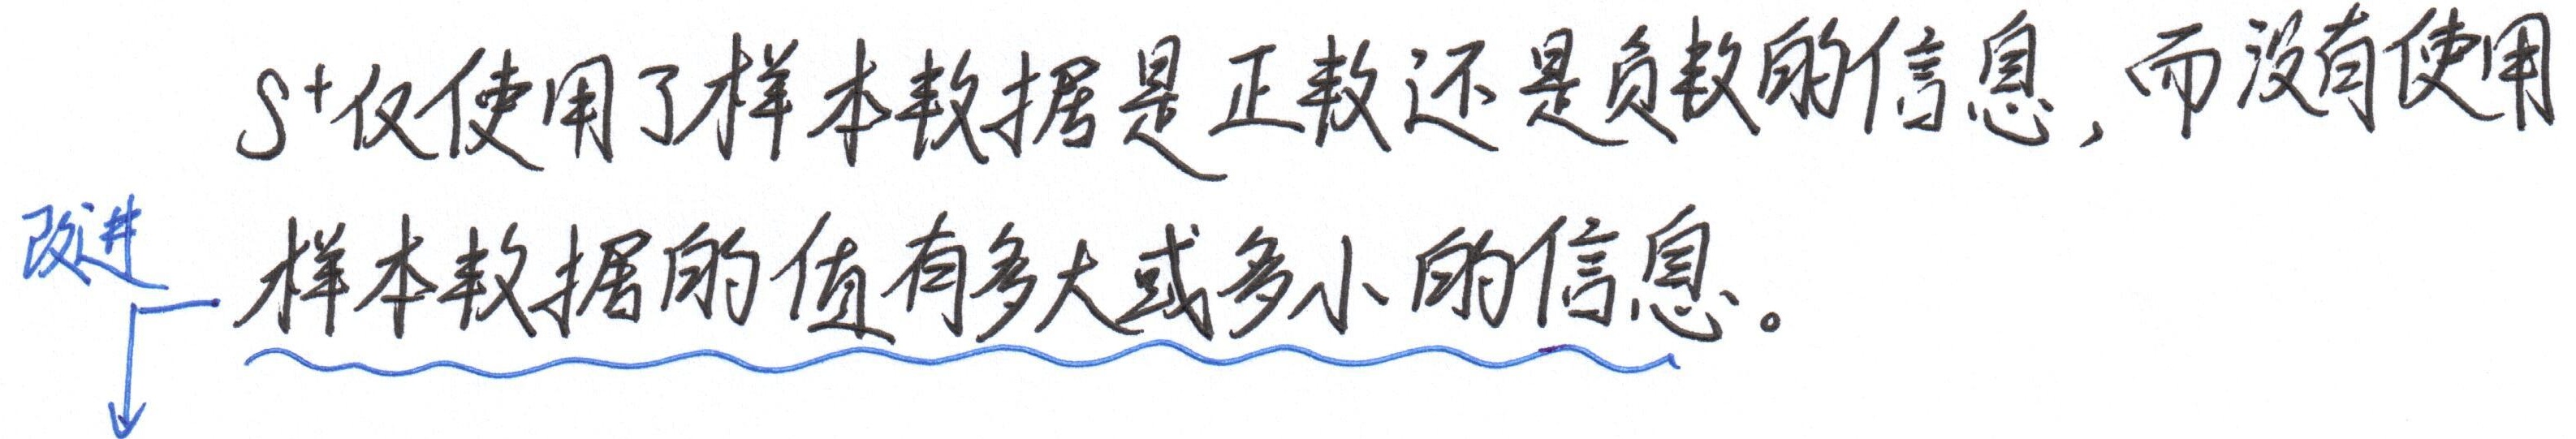
\(S^{+}\)仅使用了样本数据是正数还是负数的信息，而没有使用改进样本数据的值有多大或多小的信息。